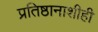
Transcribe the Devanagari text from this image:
प्रतिष्ठानाशीही